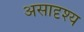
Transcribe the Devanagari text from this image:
असादृश्य